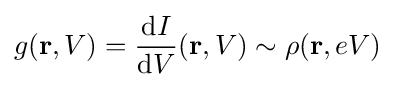
g(\mathbf {r} ,V)={\frac {\mathrm {d} I}{\mathrm {d} V}}(\mathbf {r} ,V)\sim \rho (\mathbf {r} ,eV)